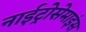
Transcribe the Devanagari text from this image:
नाईट्रोसेमाइंस